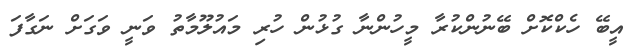
އީބޭ ހެކްކޮށް ބޭނުންކުރާ މީހުންނާ ގުޅުން ހުރި މައުލޫމާތު ވަނީ ވަގަށް ނަގާފަ